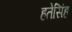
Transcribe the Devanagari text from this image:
हतेसिंह